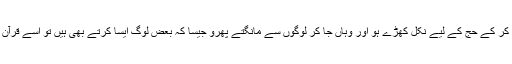
یہ نہ ہو کہ محض توکل کر کے حج کے لیے نکل کھڑے ہو اور وہاں جا کر لوگوں سے مانگتے پھرو جیسا کہ بعض لوگ ایسا کرتے بھی ہیں تو اسے قرآن مجید نے ناپسند کیا ہے۔